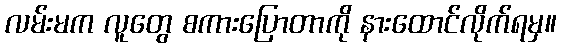
လမ်းမက လူတွေ စကားပြောတာကို နားထောင်လိုက်ရမှ။